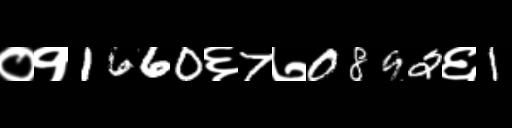
Text: ०१1660६7७0892६1